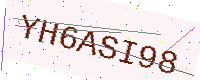
Text: YH6ASI98